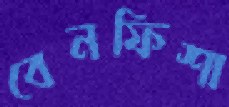
বেনফিশা